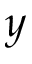
y